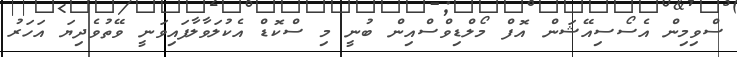
ސްވިމިން އެސޯސިއޭޝަން އޮފް މޯލްޑިވްސްއިން ބުނީ މި ސްކޮޑް އެކުލަވާލާފައިވަނީ ވޭތުވެދިޔަ އަހަރު